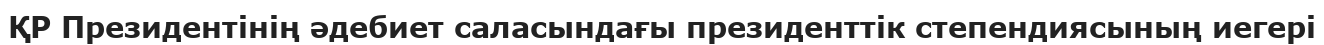
ҚР Президентінің әдебиет саласындағы президенттік степендиясының иегері